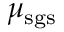
\mu _ { \mathrm { s g s } }